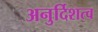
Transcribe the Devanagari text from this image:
अनुर्दिशत्व